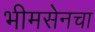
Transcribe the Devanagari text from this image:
भीमसेनचा